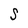
Character: S